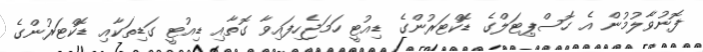
ފޮނުވާލުމުން އެ ހޮސްޕިޓަލްގެ ޑޮކްޓަރުންގެ ޑިއުޓީ ހަމަޖެހިފައިވާ ގޮތާއި ޑިއުޓީ ގަޑިތަކާއި ޑޮކްޓަރުންގެ